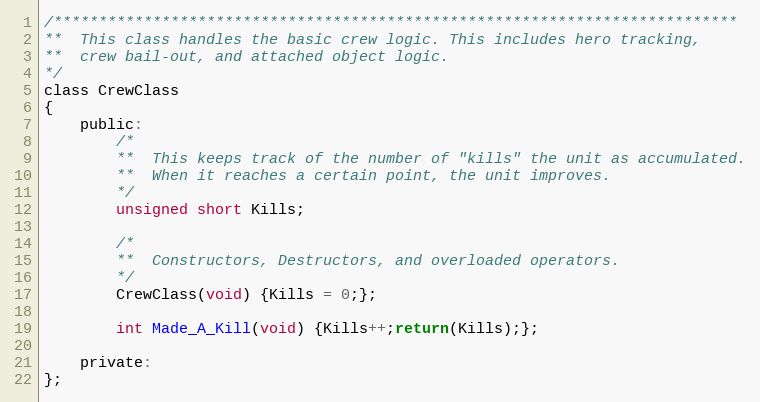
Language: C
/****************************************************************************
**	This class handles the basic crew logic. This includes hero tracking,
**	crew bail-out, and attached object logic.
*/
class CrewClass
{
	public:
		/*
		**	This keeps track of the number of "kills" the unit as accumulated.
		**	When it reaches a certain point, the unit improves.
		*/
		unsigned short Kills;

		/*
		**	Constructors, Destructors, and overloaded operators.
		*/
		CrewClass(void) {Kills = 0;};

		int Made_A_Kill(void) {Kills++;return(Kills);};

	private:
};